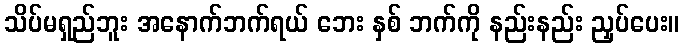
သိပ်မရှည်ဘူး အနောက်ဘက်ရယ် ဘေး နှစ် ဘက်ကို နည်းနည်း ညှပ်ပေး။